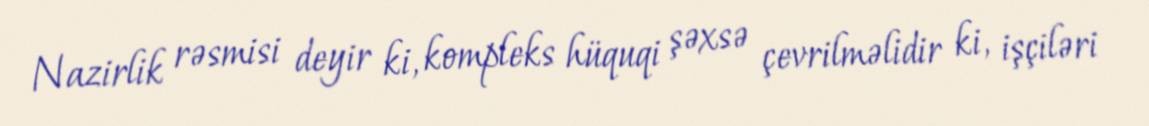
Nazirlik rəsmisi deyir ki, kompleks hüquqi şəxsə çevrilməlidir ki, işçiləri